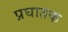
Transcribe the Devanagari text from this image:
प्रघातक